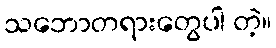
သဘောတရားတွေပါ တဲ့။